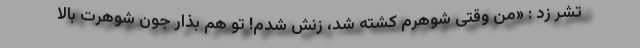
تشر زد : «من وقتی شوهرم کشته شد، زنش شدم! تو هم بذار جون شوهرت بالا